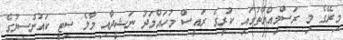
މިރޭގެ މި ރަސްމިއްޔާތުގައި ކުރީގެ ރައީސް މުހައްމަދު ނަޝީދާއި މާލެ ސިޓީ ކައުންސިލުގެ